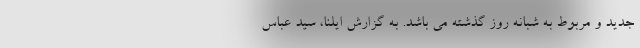
جدید و مربوط به شبانه روز گذشته می باشد. به گزارش ایلنا، سید عباس